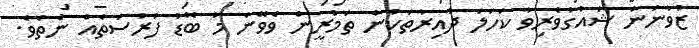
ޒުވާނުން ޝައުގުވެރިވާ ކަހަލަ ދާއިރާތަކުން ތަމްރީން ވެވޭނެ މާ ބޮޑު ފުރުސަތެއް ނެތެވެ.